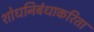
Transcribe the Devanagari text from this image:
शोधनिबंधाकरिता